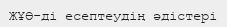
ЖҰӨ-ді есептеудің әдістері